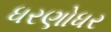
ધરણોધર